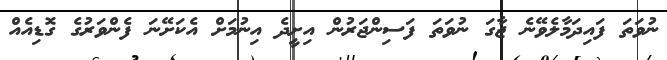
ނުވަތަ ފައިދަމާލެވޭނެ ޖާގަ ނުވަތަ ފަސިންޖަރުން އިށީދެ އިނުމަށް އެކަށޭނަ ފެންވަރުގެ ގޮޑިއެއް